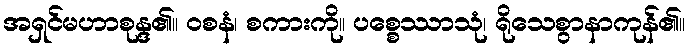
အရှင်မဟာစုန္ဒ၏။ ဝစနံ၊ စကားကို။ ပစ္စေဿာသုံ၊ ရိုသေစွာနာကုန်၏။